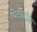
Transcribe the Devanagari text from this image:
पिटरहॉफ